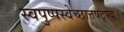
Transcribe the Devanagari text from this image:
स्वपुष्पस्वेच्छात्तषट्पदः।